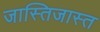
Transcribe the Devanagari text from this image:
जास्तिजास्त